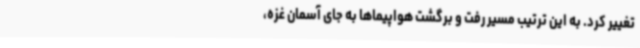
تغییر کرد. به این ترتیب مسیر رفت و برگشت هواپیماها به جای آسمان غزه،